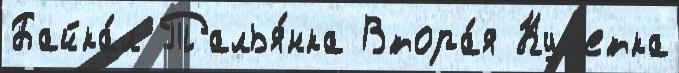
Байка́л Талья́нка Втора́я Кул'етка